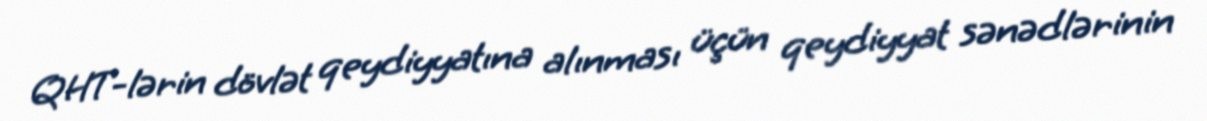
QHT-lərin dövlət qeydiyyatına alınması üçün qeydiyyat sənədlərinin